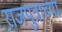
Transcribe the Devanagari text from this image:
राजपुत्राच्या